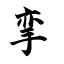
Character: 挛